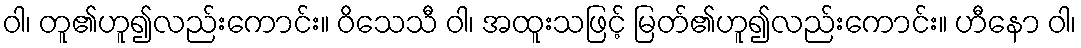
ဝါ၊ တူ၏ဟူ၍လည်းကောင်း။ ဝိသေသီ ဝါ၊ အထူးသဖြင့် မြတ်၏ဟူ၍လည်းကောင်း။ ဟီနော ဝါ၊